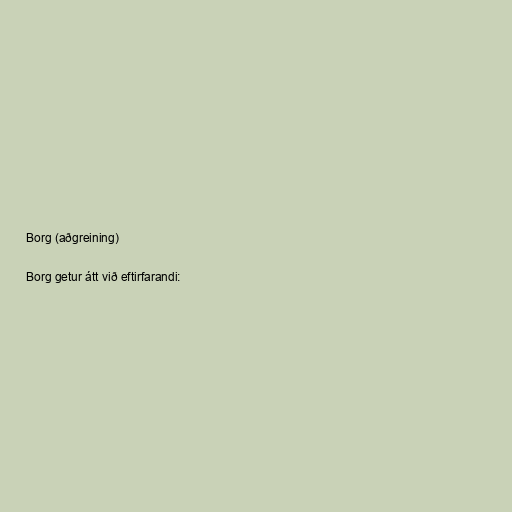
Borg (aðgreining)

Borg getur átt við eftirfarandi: